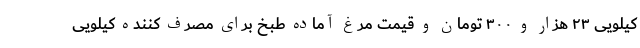
کیلویی ۲۳ هزار و ۳۰۰ تومان و قیمت مرغ آماده طبخ برای مصرف کننده کیلویی